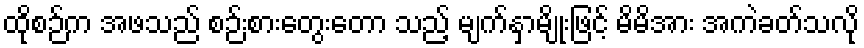
ထိုစဉ်က အဖသည် စဉ်းစားတွေးတော သည့် မျက်နှာမျိုးဖြင့် မိမိအား အကဲခတ်သလို